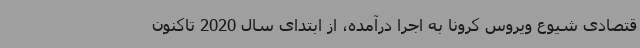
قتصادی شیوع ویروس کرونا به اجرا درآمده، از ابتدای سال 2020 تاکنون